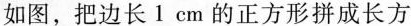
如图，把边长1cm的正方形拼成长方